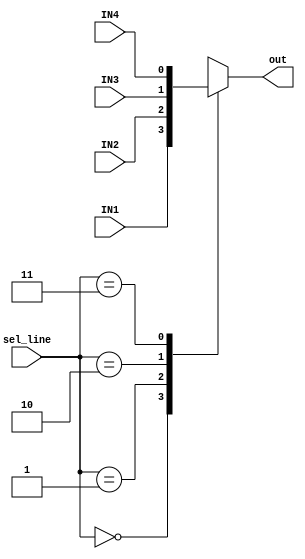
`timescale 1ns / 1ps

module MUX(
input IN1,
input IN2,
input IN3,
input IN4,
input [1:0] sel_line,
output reg out
    );
    
always@(*)
begin
    case(sel_line)
    2'b00 : out = IN1;  //serializer
    2'b01 : out = IN2;  //start
    2'b10 : out = IN3;  //parity
    2'b11 : out = IN4;  //stop
    endcase

end    
    
endmodule